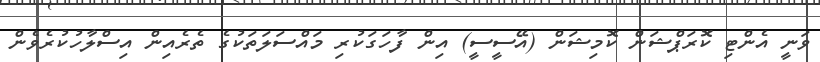
ވަނީ އެންޓި ކޮރަޕްޝަން ކޮމިޝަން (އޭސީސީ) އިން ފާހަގަކުރި މައްސަލަތަކުގެ ތެރެއިން އިސްލާހުކުރެވެން